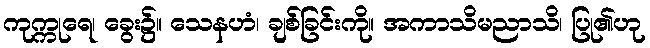
ကုက္ကုရေ၊ ခွေး၌။ သေနဟံ၊ ချစ်ခြင်းကို။ အကာသိမညာသိ၊ ပြု၏ဟု